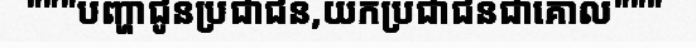
"""បញ្ហាជូនប្រជាជន,យកប្រជាជនជាគោល"""